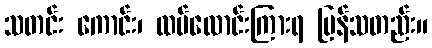
သတင်း ကောင်း၊ ထပ်လောင်းကြားရ ပြန်သတည်း။